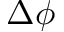
\Delta \phi